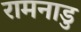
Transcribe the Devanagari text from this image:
रामनाडु